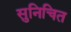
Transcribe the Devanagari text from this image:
सुनिचित